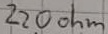
Text: 220ohm